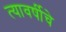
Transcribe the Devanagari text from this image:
त्यावर्षीचे